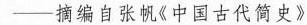
-摘编自张帆《中国古代简史》